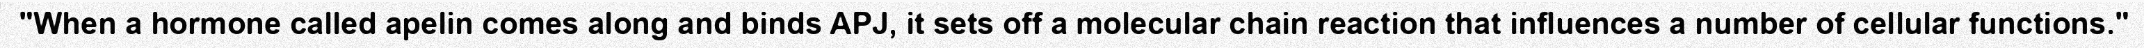
"When a hormone called apelin comes along and binds APJ, it sets off a molecular chain reaction that influences a number of cellular functions."